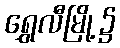
ရွှေလီမြို့၌